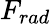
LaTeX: F_{rad}